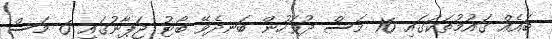
ބައެއް ގައުމުތަކުގައި 16 މަސް ދުވަހުން ބަނދެވޭ ބޯޓު ޖަޕާނުގައި 6 މަސް